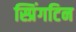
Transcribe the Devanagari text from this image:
स्प्रिंगटिन